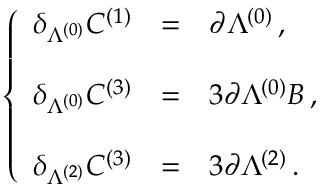
\left\{ \begin{array} { r c l } { { \delta _ { \Lambda ^ { ( 0 ) } } C ^ { ( 1 ) } } } & { { = } } & { { \partial \Lambda ^ { ( 0 ) } \, , } } \\ { { } } & { { } } & { { } } \\ { { \delta _ { \Lambda ^ { ( 0 ) } } C ^ { ( 3 ) } } } & { { = } } & { { 3 \partial \Lambda ^ { ( 0 ) } B \, , } } \\ { { } } & { { } } & { { } } \\ { { \delta _ { \Lambda ^ { ( 2 ) } } C ^ { ( 3 ) } } } & { { = } } & { { 3 \partial \Lambda ^ { ( 2 ) } \, . } } \end{array} \right.